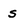
Character: s